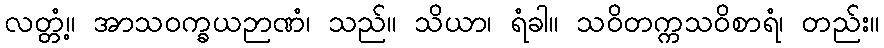
လတ္တံ့။ အာသဝက္ခယဉာဏံ၊ သည်။ သိယာ၊ ရံခါ။ သဝိတက္ကသဝိစာရံ၊ တည်း။